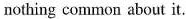
nothing common about it.